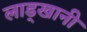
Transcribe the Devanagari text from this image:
लाड्खानी